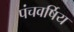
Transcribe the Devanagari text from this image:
पंचवर्षिय